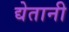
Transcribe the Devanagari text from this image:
द्येतानी